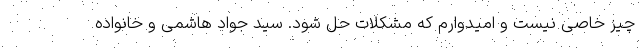
چیز خاصی نیست و امیدوارم که مشکلات حل شود. سید جواد هاشمی و خانواده